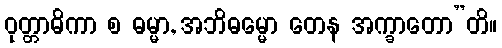
ဝုတ္တာဓိကာ စ ဓမ္မာ, အဘိဓမ္မော တေန အက္ခာတော”တိ။